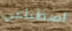
اصطناعي